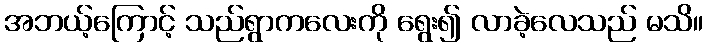
အဘယ့်ကြောင့် သည်ရွာကလေးကို ရွေး၍ လာခဲ့လေသည် မသိ။